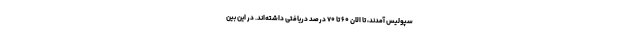
سپولیس آمدند، تا الان ۶۰ تا ۷۰ درصد دریافتی داشته‌اند. در این بین